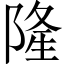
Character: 隆